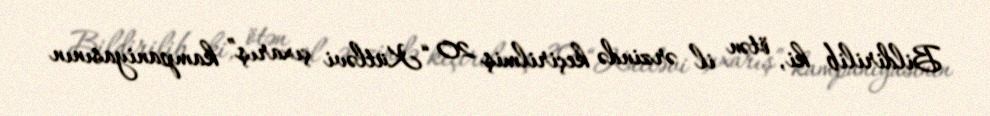
Bildirilib ki, ötən il ərzində keçirilmiş 20 “Kütləvi çıxarış” kampaniyasının